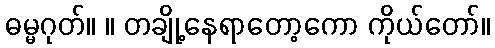
ဓမ္မဂုတ်။ ။ တချို့နေရာတော့ကော ကိုယ်တော်။